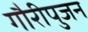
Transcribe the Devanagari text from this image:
गौरीपुजन